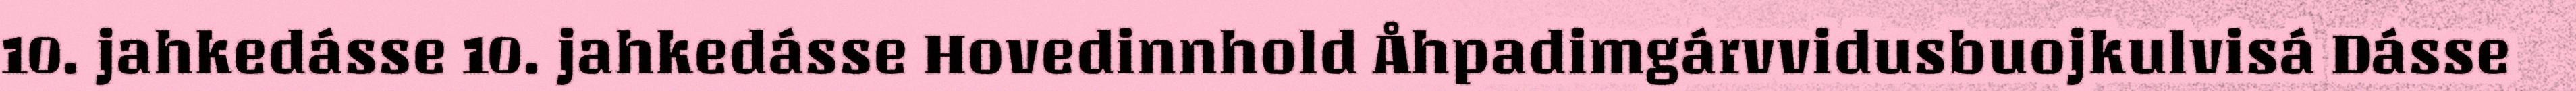
10. jahkedásse 10. jahkedásse Hovedinnhold Åhpadimgárvvidusbuojkulvisá Dásse